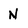
Character: N